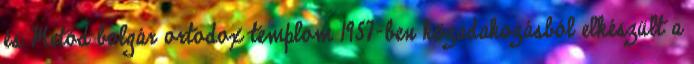
és Metód bolgár ortodox templom 1957-ben közadakozásból elkészült a